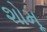
શોમૂ